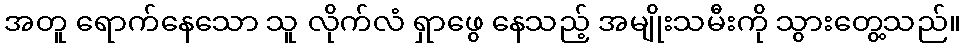
အတူ ရောက်နေသော သူ လိုက်လံ ရှာဖွေ နေသည့် အမျိုးသမီးကို သွားတွေ့သည်။